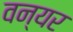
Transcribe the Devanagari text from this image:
वन्यर